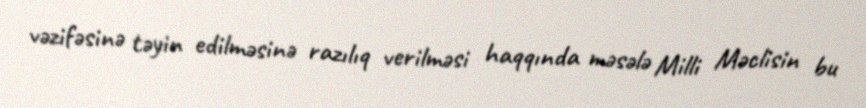
vəzifəsinə təyin edilməsinə razılıq verilməsi haqqında məsələ Milli Məclisin bu